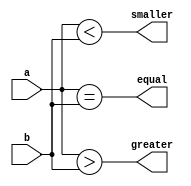
module func_compare_nbit #(parameter comp_width = 4) (a,b,greater,equal,smaller);

input [comp_width-1:0]a,b;
output reg greater, equal, smaller;

function [2:0] compare (input[comp_width-1:0]a, input[comp_width-1:0]b);

    reg greater_local, equal_local, smaller_local;
    begin
        
        greater_local = (a>b);
        equal_local = (a==b);
        smaller_local = (a<b);
        compare = {greater_local, equal_local, smaller_local};
    end

endfunction

always @(*) begin
        {greater,equal,smaller} = compare(a,b);
end

endmodule